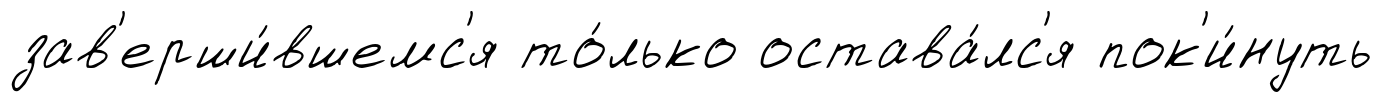
зав'ерши́вшемс'я то́лько остава́лс'я пок'и́нуть